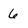
Character: 6